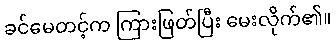
ခင်မေတင့်က ကြားဖြတ်ပြီး မေးလိုက်၏။